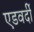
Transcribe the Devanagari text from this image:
एडवर्दी